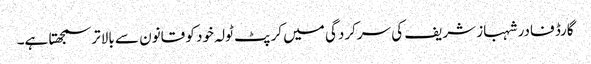
گارڈ فادر شہباز شریف کی سرکردگی میں کرپٹ ٹولہ خود کو قانون سے بالاتر سمجھتا ہے۔